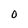
Character: 0